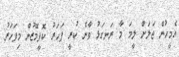
އެމީހުން ޖަލަށް ލީމަ މާ ރަނގަޅު ވާނެ ކުރީ ފަހަރު ކޮފީމޭޒުން މިފަހަރު